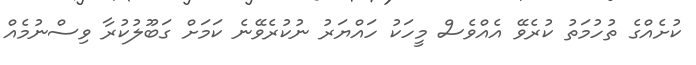
ކުށެއްގެ ތުހުމަތު ކުރެވޭ އެއްވެސް މީހަކު ހައްޔަރު ނުކުރެވޭނެ ކަމަށް ގަބޫލުކުރާ ވިސްނުމެއް